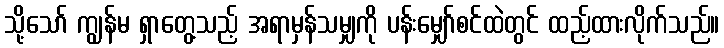
သို့သော် ကျွန်မ ရှာတွေ့သည့် အရာမှန်သမျှကို ပန်းမျှော်စင်ထဲတွင် ထည့်ထားလိုက်သည်။